Leningradi_Edasi_toimetus, lk 44
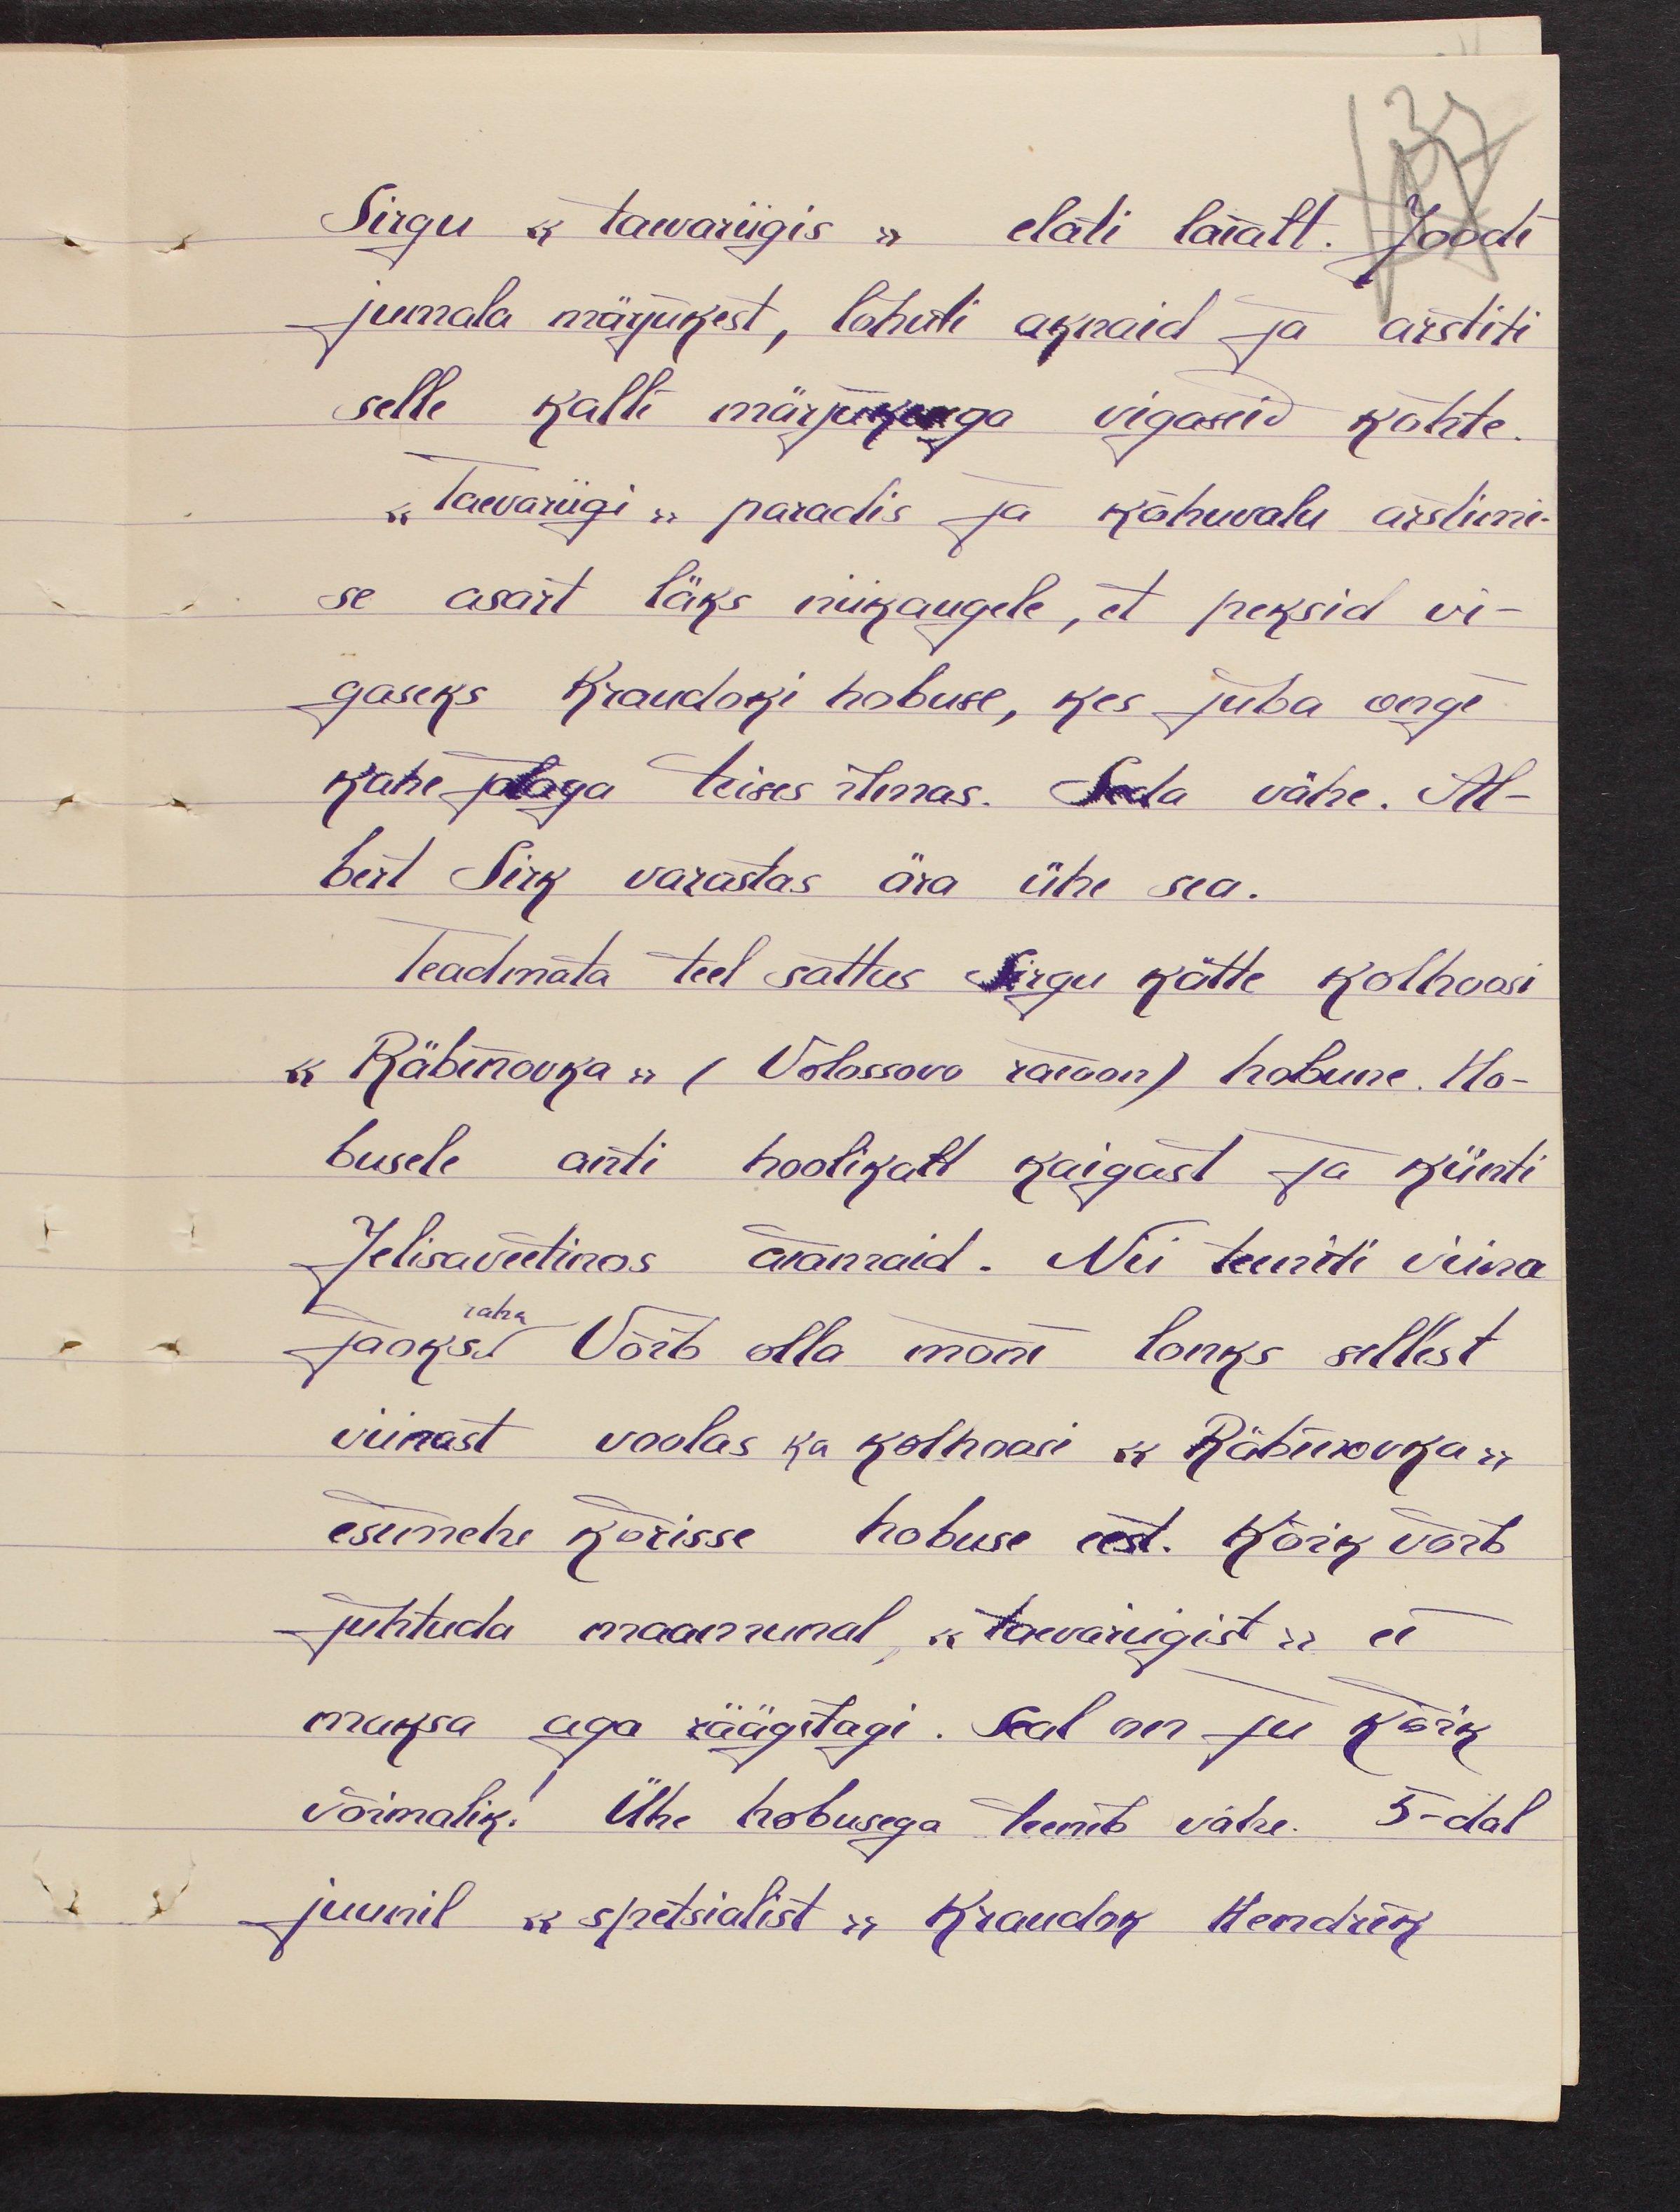
Sirgu "taevariigis" elati laialt.  Joodi
jumala märjukest, lõhuti aknaid ja arstiti
selle kalli märjukesega vigaseid kõhte.
„Taevariigi" paradis ja kõhuvalu arstimi-
se asart läks niikaugele, et peksid vi-
gaseks Kraudoki hobuse, kes juba ongi
kahe jalaga teises ilmas. Seda vähe. Al-
bert Sirk varastas ära ühe sea.
Teadmata teel sattus Sirgu kätte kolhoosi
"Räbinovka" (Volossova raioon) hobune. Ho-
busele anti hoolikalt kaigast ja künti
Jelisaveetinos aiamaid. Nii teeniti viina
raha
jaoks. Võib olla mõni lonks sellest
viinast vaulas ka kolhoosi "Räbikovka"
esimehe kõrisse hobuse eest. Kõik võib
juhtuda maamunal „taevariigist„ ei
maksa aga räägitagi. Seal on ju kõik
võimalik. Ühe hobusega teenib vähe. 5-dal
juunil "spetsialist" Kraudok Hendrik